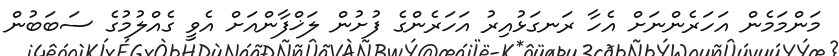
މަންމަމެން އަހަރެންނަށް އެހާ ރަނގަޅުއިރު އަހަރެންގެ ފުށުން ލަޚްފާންއަށް އެވީ ގެއްލުމުގެ ސަބަބުން